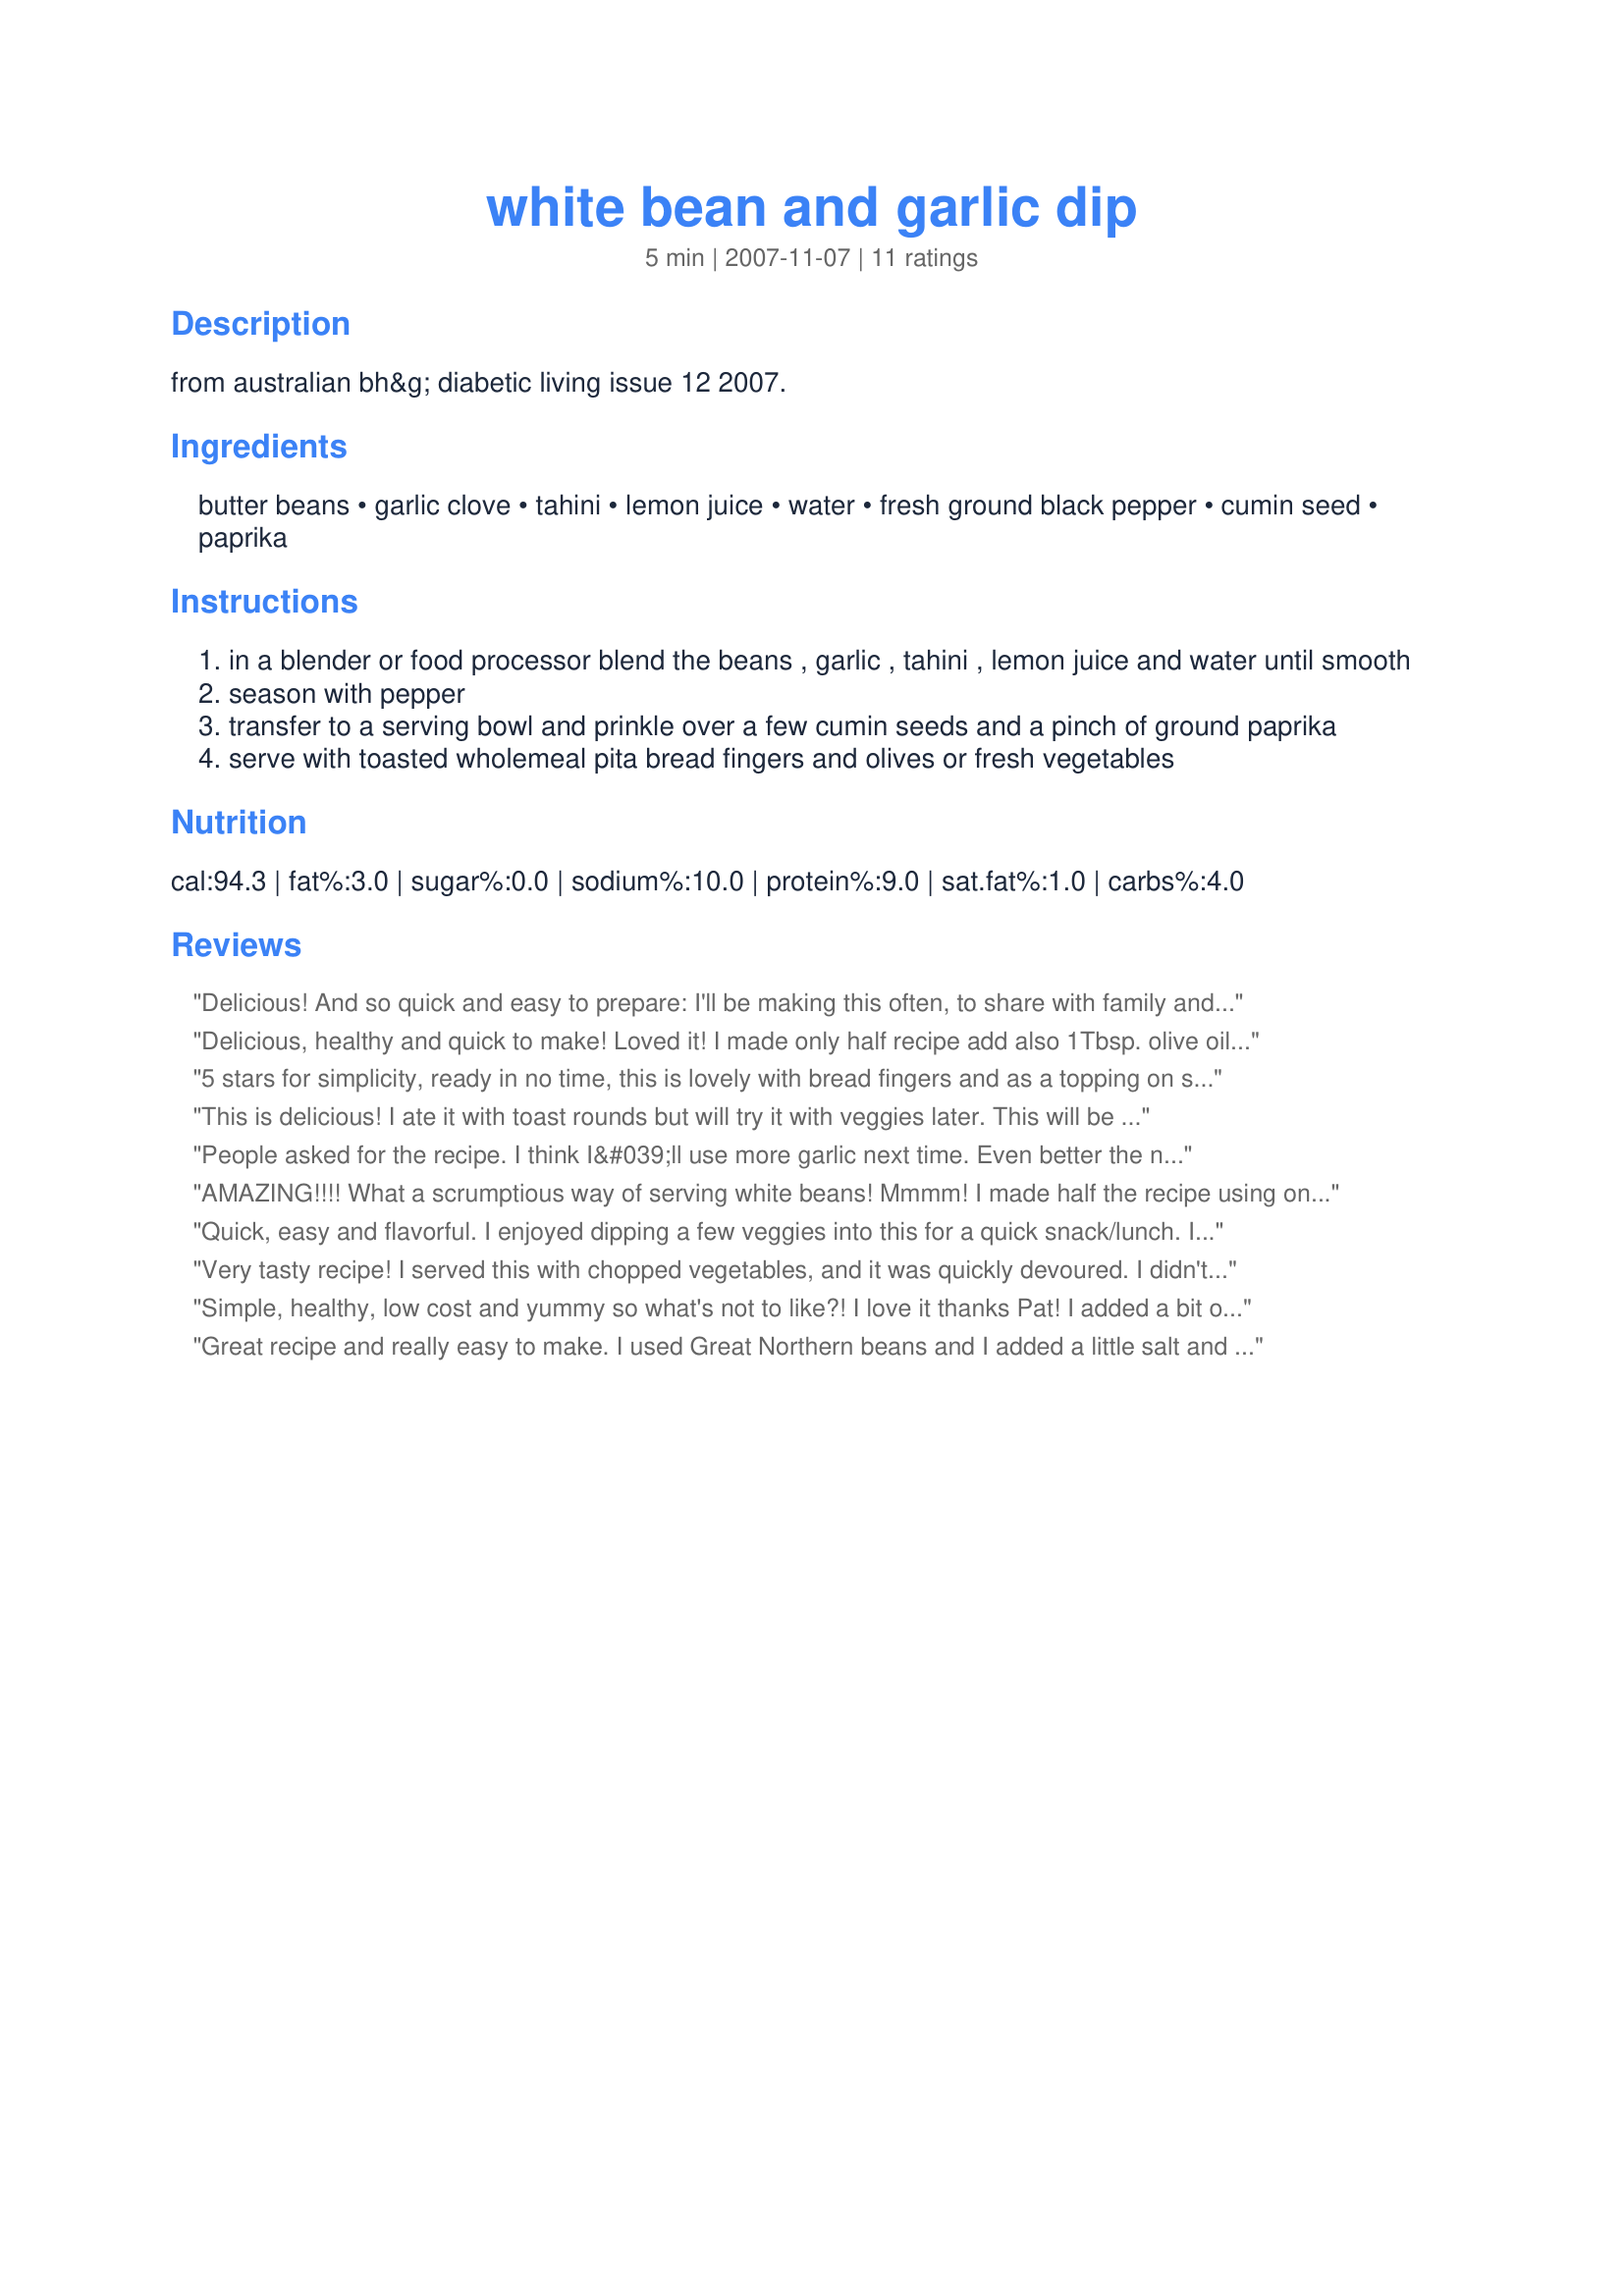
white bean and garlic dip
Preparation time: 5 minutes

from australian bh&g diabetic living issue 12 2007.

Ingredients:
butter beans, garlic clove, tahini, lemon juice, water, fresh ground black pepper, cumin seed, paprika

Steps:
in a blender or food processor blend the beans , garlic , tahini , lemon juice and water until smooth
season with pepper
transfer to a serving bowl and prinkle over a few cumin seeds and a pinch of ground paprika
serve with toasted wholemeal pita bread fingers and olives or fresh vegetables

Reviews:
Delicious! And so quick and easy to prepare: I'll be making this often, to share with family and friends - and for tasty summer take-to-work lunches just for me. Not at all sure about it serving 8! Three of us demolished this in no time with warmed pita bread and a glass or two of wine. So when I do make to share in future, I'll be doubling the recipe. Great blend of flavours. Thanks for sharing this yummy recipe, Pat!
Delicious, healthy and quick to make! Loved it! I made only half recipe add also 1Tbsp. olive oil. The tahini gives it nice flavor. I didn't use cumin seeds as we don't like them. Topped with freshly ground pepper and bit drizzle of olive oil. Made and reviewed for Make My recipe December 2011.
5 stars for simplicity, ready in no time, this is lovely with bread fingers and as a topping on sandwiches instead of butter, even toddler DD enjoyed dipping her bread in this one. Thanks Pat!
This is delicious! I ate it with toast rounds but will try it with veggies later. This will be a great dip/spread to round out the appetizer offerings at Christmas.
It is hard to beat this recipe for taste, ease of preparation and cost. Thanks for posting Chef Potts!
People asked for the recipe. I think I&#039;ll use more garlic next time. Even better the next day.
AMAZING!!!!
What a scrumptious way of serving white beans! Mmmm!
I made half the recipe using only 1 tbs of water as the liquid in order to get a thicker consistency. It was sooo yummy, I was tempted to lick the serving bowl. lol
The tahini and garlic add a wonderful depth of flavour to this, which is balanced nicely by the citrusy cumin seeds.
I will most certainly make this again!
THANK YOU SO MUCH for sharing another keeper with us, Pat! Made and reviewed for Make My Recipe #11 June 2010.
Quick, easy and flavorful. I enjoyed dipping a few veggies into this for a quick snack/lunch. I probably ate more than I should so it wouldn't serve 8 with me around...LOL. Very nice quick dip. *Made for Sept 2009 Aussie Swap*
Very tasty recipe! I served this with chopped vegetables, and it was quickly devoured. I didn't have cumin seeds, so I added some ground cumin to the dip. I topped it with Cajun spice mix for a bit of heat. Yum! Thanks Pat!
Simple, healthy, low cost and yummy so what's not to like?! I love it thanks Pat! I added a bit of cumin and salt to the dip and a little more lemon (mine was a sweeter meyer so I feel it needed the extra tablespoon). Thanks for posting!
Great recipe and really easy to make. I used Great Northern beans and I added a little salt and cumin in the process and then sprinkled with cumin and paprika as the recipe indicates. I will definitely make this dip again! Made for the AUS/NZ Make My Recipe tag, October, 2011.
A tasty and healthy dip recipe. I toasted my cumin seeds before sprinkling on top and also added some ground cumin and salt whilst processing. Great with toasted pita or veg it also makes a great addition to a salad roll or wrap...MMM!
